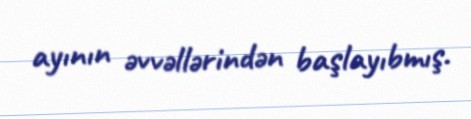
ayının əvvəllərindən başlayıbmış.